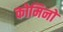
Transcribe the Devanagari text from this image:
कोमिनो